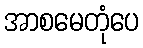
အာစမေတုံပေ